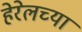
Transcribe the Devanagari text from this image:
हेरेलच्या